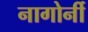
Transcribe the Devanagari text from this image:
नागोर्नी